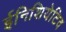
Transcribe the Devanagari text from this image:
ईनिशियेटिव